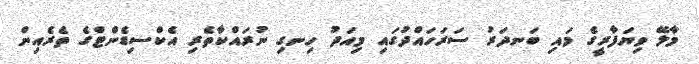
މާލޭ ވިޔަފާރީގެ މައި ބަނދަރު ސަރަހައްދުގައި މިއަދު ހިނގި ނުރައްކާތެރި އެކްސިޑެންޓްގެ ތެރެއިން